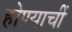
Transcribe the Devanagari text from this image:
होण्याचीं